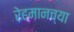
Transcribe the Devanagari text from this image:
रेहमानच्या